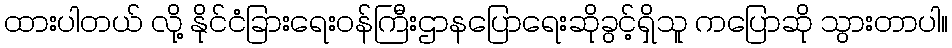
ထားပါတယ် လို့ နိုင်ငံခြားရေးဝန်ကြီးဌာနပြောရေးဆိုခွင့်ရှိသူ ကပြောဆို သွားတာပါ။